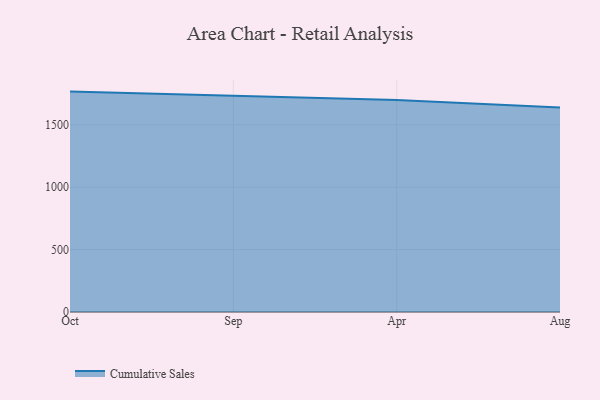
{"axis": {"x": "Month", "y": "Waste Production (Tons)"}, "legend": ["Cumulative Sales"], "data": [{"x": "Oct", "y": 1766.6, "type": "Cumulative Sales"}, {"x": "Sep", "y": 1732.5, "type": "Cumulative Sales"}, {"x": "Apr", "y": 1698.4, "type": "Cumulative Sales"}, {"x": "Aug", "y": 1640.1, "type": "Cumulative Sales"}]}